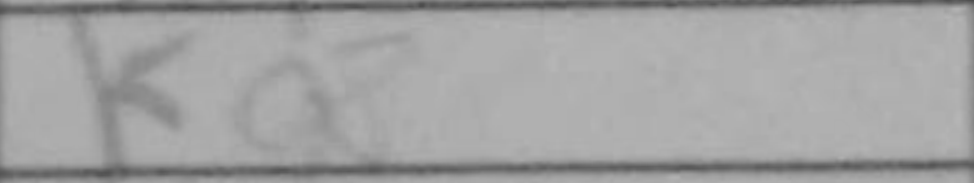
Transcription: Ka2